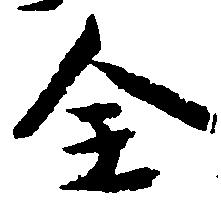
全